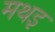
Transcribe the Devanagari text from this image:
मथइ